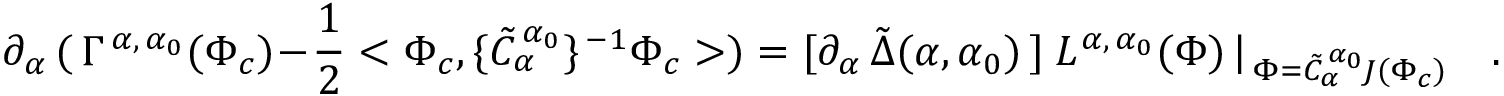
\partial _ { \alpha } \, ( \, \Gamma ^ { \, \alpha , \, \alpha _ { 0 } } ( \Phi _ { c } ) - \frac { 1 } { 2 } < \Phi _ { c } , \{ \tilde { C } _ { \alpha } ^ { \, \alpha _ { 0 } } \} ^ { \, - 1 } \Phi _ { c } > ) = [ \partial _ { \alpha } \, \tilde { \Delta } ( \alpha , \alpha _ { 0 } ) \, ] \ L ^ { \, \alpha , \, \alpha _ { 0 } } ( \Phi ) \, \vert _ { \, \Phi = \tilde { C } _ { \alpha } ^ { \, \alpha _ { 0 } } \! J ( \Phi _ { c } ) } \quad .